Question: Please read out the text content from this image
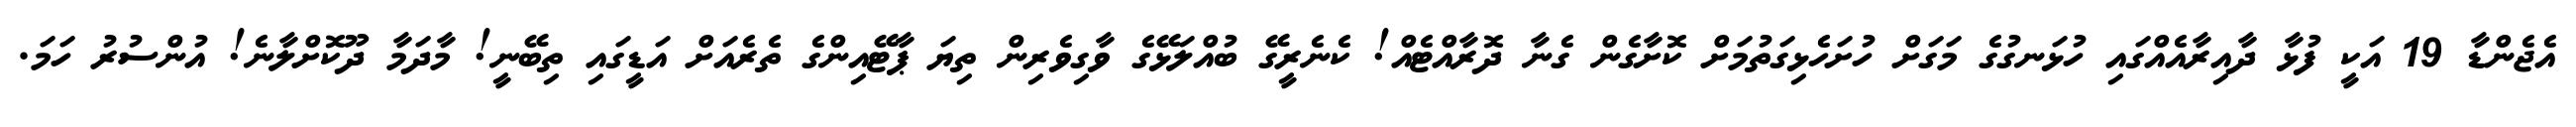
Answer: އެޖެންޑާ 19 އަކީ ފުޅާ ދާއިރާއެއްގައި ހުޅަނގުގެ މަގަށް ހުށަހެޅިގަތުމަށް ކޮށާގެން ގެނާ ދޮރާއްޓެއް! ކެނެރީގޭ ބުއްލަޅޭގެ ވާގިވެރިން ތިޔަ ޕާޓޭއިންގެ ތެރެއަށް އަޑީގައި ތިބޭނީ! މާދަމާ ދޫކޮށްލާނެ! އުންސުރު ހަމަ.